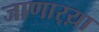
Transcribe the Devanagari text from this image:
जाणार्‍य़ा